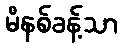
မိနစ်ခန့်သာ